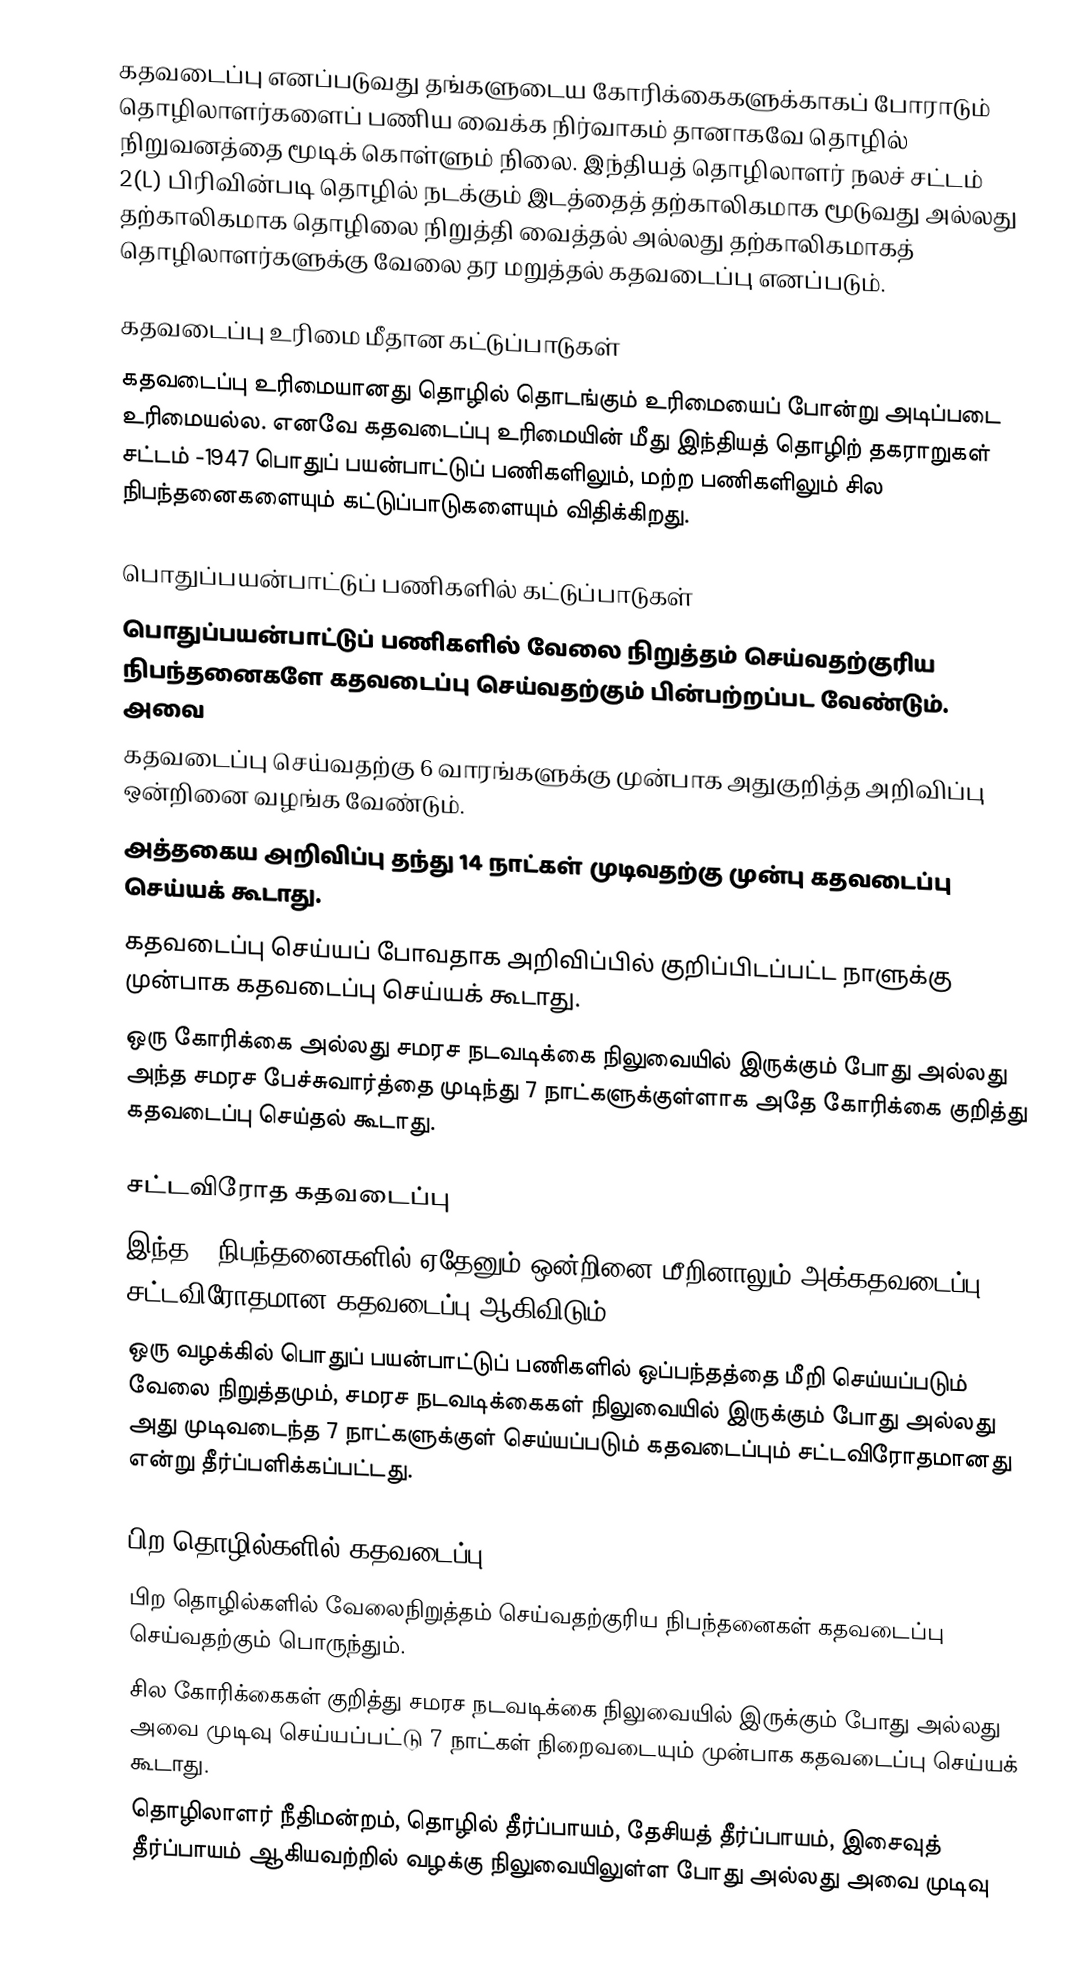
கதவடைப்பு எனப்படுவது தங்களுடைய கோரிக்கைகளுக்காகப் போராடும் தொழிலாளர்களைப் பணிய வைக்க நிர்வாகம் தானாகவே தொழில் நிறுவனத்தை மூடிக் கொள்ளும் நிலை. இந்தியத் தொழிலாளர் நலச் சட்டம் 2(L) பிரிவின்படி தொழில் நடக்கும் இடத்தைத் தற்காலிகமாக மூடுவது அல்லது தற்காலிகமாக தொழிலை நிறுத்தி வைத்தல் அல்லது தற்காலிகமாகத் தொழிலாளர்களுக்கு வேலை தர மறுத்தல் கதவடைப்பு எனப்படும்.

கதவடைப்பு உரிமை மீதான கட்டுப்பாடுகள்
கதவடைப்பு உரிமையானது தொழில் தொடங்கும் உரிமையைப் போன்று அடிப்படை உரிமையல்ல. எனவே கதவடைப்பு உரிமையின் மீது இந்தியத் தொழிற் தகராறுகள் சட்டம் -1947 பொதுப் பயன்பாட்டுப் பணிகளிலும், மற்ற பணிகளிலும் சில நிபந்தனைகளையும் கட்டுப்பாடுகளையும் விதிக்கிறது.

பொதுப்பயன்பாட்டுப் பணிகளில் கட்டுப்பாடுகள்
பொதுப்பயன்பாட்டுப் பணிகளில் வேலை நிறுத்தம் செய்வதற்குரிய நிபந்தனைகளே கதவடைப்பு செய்வதற்கும் பின்பற்றப்பட வேண்டும். அவை
கதவடைப்பு செய்வதற்கு 6 வாரங்களுக்கு முன்பாக அதுகுறித்த அறிவிப்பு ஒன்றினை வழங்க வேண்டும்.
அத்தகைய அறிவிப்பு தந்து 14 நாட்கள் முடிவதற்கு முன்பு கதவடைப்பு செய்யக் கூடாது.
கதவடைப்பு செய்யப் போவதாக அறிவிப்பில் குறிப்பிடப்பட்ட நாளுக்கு முன்பாக கதவடைப்பு செய்யக் கூடாது.
ஒரு கோரிக்கை அல்லது சமரச நடவடிக்கை நிலுவையில் இருக்கும் போது அல்லது அந்த சமரச பேச்சுவார்த்தை முடிந்து 7 நாட்களுக்குள்ளாக அதே கோரிக்கை குறித்து கதவடைப்பு செய்தல் கூடாது.

சட்டவிரோத கதவடைப்பு
இந்த 4 நிபந்தனைகளில் ஏதேனும் ஒன்றினை மீறினாலும் அக்கதவடைப்பு சட்டவிரோதமான கதவடைப்பு ஆகிவிடும்.
 ஒரு வழக்கில் பொதுப் பயன்பாட்டுப் பணிகளில் ஒப்பந்தத்தை மீறி செய்யப்படும் வேலை நிறுத்தமும், சமரச நடவடிக்கைகள் நிலுவையில் இருக்கும் போது அல்லது அது முடிவடைந்த 7 நாட்களுக்குள் செய்யப்படும் கதவடைப்பும் சட்டவிரோதமானது என்று தீர்ப்பளிக்கப்பட்டது.

பிற தொழில்களில் கதவடைப்பு
பிற தொழில்களில் வேலைநிறுத்தம் செய்வதற்குரிய நிபந்தனைகள் கதவடைப்பு செய்வதற்கும் பொருந்தும்.
 சில கோரிக்கைகள் குறித்து சமரச நடவடிக்கை நிலுவையில் இருக்கும் போது அல்லது அவை முடிவு செய்யப்பட்டு 7 நாட்கள் நிறைவடையும் முன்பாக கதவடைப்பு செய்யக் கூடாது.
தொழிலாளர் நீதிமன்றம், தொழில் தீர்ப்பாயம், தேசியத் தீர்ப்பாயம், இசைவுத் தீர்ப்பாயம் ஆகியவற்றில் வழக்கு நிலுவையிலுள்ள போது அல்லது அவை முடிவு